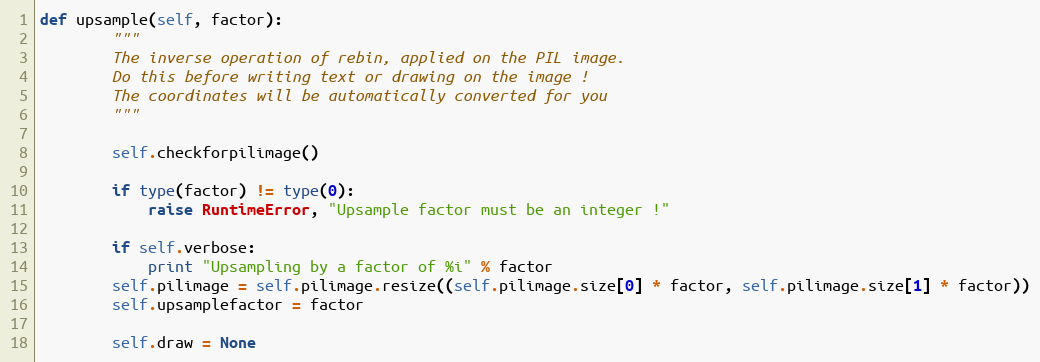
Language: Python
def upsample(self, factor):
        """
        The inverse operation of rebin, applied on the PIL image.
        Do this before writing text or drawing on the image !
        The coordinates will be automatically converted for you
        """

        self.checkforpilimage()

        if type(factor) != type(0):
            raise RuntimeError, "Upsample factor must be an integer !"

        if self.verbose:
            print "Upsampling by a factor of %i" % factor
        self.pilimage = self.pilimage.resize((self.pilimage.size[0] * factor, self.pilimage.size[1] * factor))
        self.upsamplefactor = factor

        self.draw = None